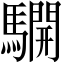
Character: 𩦓